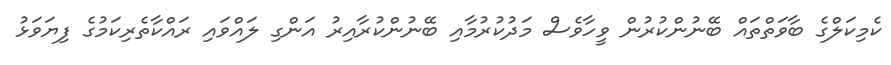
ކެމިކަލްގެ ބާވަތްތައް ބޭނުންކުރުން ވީހާވެސް މަދުކުރުމާއި ބޭނުންކުރާއިރު އަންގި ލައްވައި ރައްކާތެރިކަމުގެ ފިޔަވަޅު